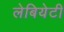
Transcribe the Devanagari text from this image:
लेबियेटी